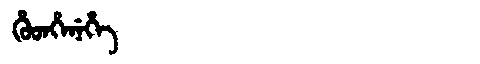
Manchu: ᡥᡠᡨᡥᡝᠨᡝᡥᡝ
Romanization: HUTHENEHE